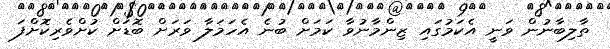
ތާލިބާނުން ވަނީ އެކަމުގައި ޒިންމާނުވާ ކަމަށް ބުނެ އެހަމަލާ ވަރަށް ބޮޑަށް ކުށްވެރިކޮށްފަ